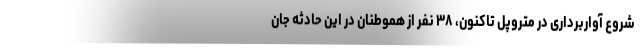
شروع آواربرداری در متروپل تاکنون، ۳۸ نفر از هموطنان در این حادثه جان